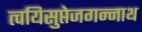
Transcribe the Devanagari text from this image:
त्वयिसुप्तेजगन्नाथ